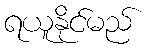
ရယူနိုင်မည်